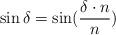
LaTeX: \begin{align*}\sin \delta&=\sin (\frac{\delta \cdot n}{n})\end{align*}